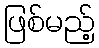
ဖြစ်မည့်